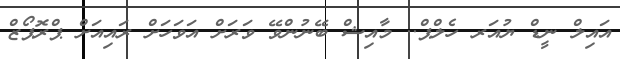
އައިލް ނީޑް ޔުއަރ ހެލްޕް.. މާއިޝް ބޭނުންވޭ ވަރަށް އަވަހަށް ރައިއަށް ޕްރޮޕޯޒް